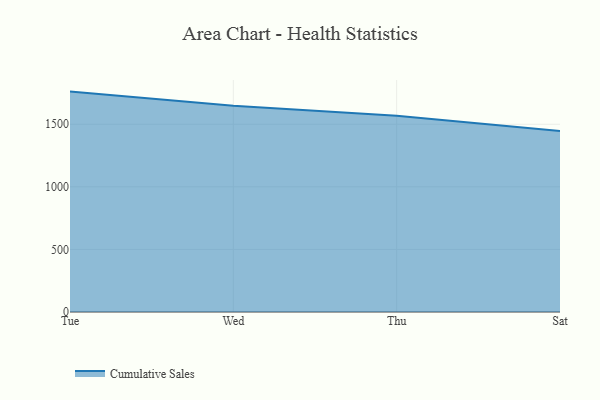
{"axis": {"x": "Day", "y": "Energy Usage (MWh)"}, "legend": ["Cumulative Sales"], "data": [{"x": "Tue", "y": 1760.8, "type": "Cumulative Sales"}, {"x": "Wed", "y": 1646.8, "type": "Cumulative Sales"}, {"x": "Thu", "y": 1567.7, "type": "Cumulative Sales"}, {"x": "Sat", "y": 1446.8, "type": "Cumulative Sales"}]}